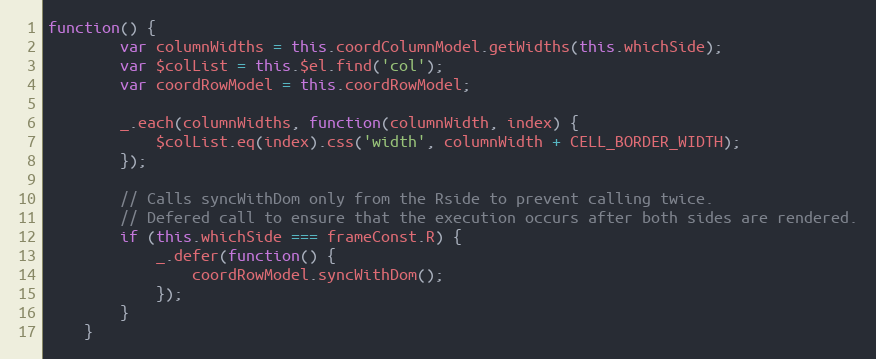
Language: JavaScript
function() {
        var columnWidths = this.coordColumnModel.getWidths(this.whichSide);
        var $colList = this.$el.find('col');
        var coordRowModel = this.coordRowModel;

        _.each(columnWidths, function(columnWidth, index) {
            $colList.eq(index).css('width', columnWidth + CELL_BORDER_WIDTH);
        });

        // Calls syncWithDom only from the Rside to prevent calling twice.
        // Defered call to ensure that the execution occurs after both sides are rendered.
        if (this.whichSide === frameConst.R) {
            _.defer(function() {
                coordRowModel.syncWithDom();
            });
        }
    }